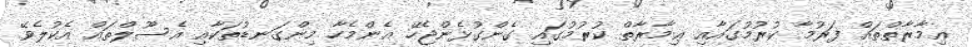
ޢިމާރާތްތައް ފަރުމާ ކުރުމުގައާއި ޢިމާރާތް ކުރުމުގައި ގެންގުޅެންޖެހޭ އެންމެހާ މިންގަނޑުތަކާއި އެސޫލްތައް އެކުލެވޭ